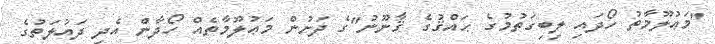
"މަޢުލޫމާތު ހޯދައި ލިބިގަތުމުގެ ޙައްޤުގެ ޤާނޫނު"ގެ ދަށުން މަޢުލޫމާތެއް ހޯދާން އެދި ދައުލަތުގެ